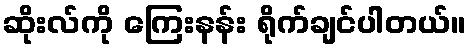
ဆိုးလ်ကို ကြေးနန်း ရိုက်ချင်ပါတယ်။